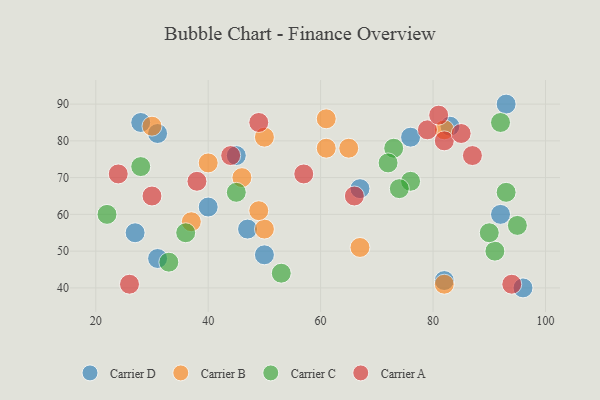
{"axis": {"x": "GDP", "y": "Life Expectancy"}, "legend": ["Carrier A", "Carrier B", "Carrier C", "Carrier D"], "data": [{"x": "67", "y": 67, "type": "Carrier D"}, {"x": "96", "y": 40, "type": "Carrier D"}, {"x": "27", "y": 55, "type": "Carrier D"}, {"x": "31", "y": 82, "type": "Carrier D"}, {"x": "50", "y": 49, "type": "Carrier D"}, {"x": "40", "y": 62, "type": "Carrier D"}, {"x": "93", "y": 90, "type": "Carrier D"}, {"x": "82", "y": 42, "type": "Carrier D"}, {"x": "83", "y": 84, "type": "Carrier D"}, {"x": "45", "y": 76, "type": "Carrier D"}, {"x": "47", "y": 56, "type": "Carrier D"}, {"x": "92", "y": 60, "type": "Carrier D"}, {"x": "28", "y": 85, "type": "Carrier D"}, {"x": "76", "y": 81, "type": "Carrier D"}, {"x": "31", "y": 48, "type": "Carrier D"}, {"x": "46", "y": 70, "type": "Carrier B"}, {"x": "82", "y": 83, "type": "Carrier B"}, {"x": "61", "y": 78, "type": "Carrier B"}, {"x": "50", "y": 56, "type": "Carrier B"}, {"x": "49", "y": 61, "type": "Carrier B"}, {"x": "40", "y": 74, "type": "Carrier B"}, {"x": "82", "y": 41, "type": "Carrier B"}, {"x": "61", "y": 86, "type": "Carrier B"}, {"x": "37", "y": 58, "type": "Carrier B"}, {"x": "30", "y": 84, "type": "Carrier B"}, {"x": "65", "y": 78, "type": "Carrier B"}, {"x": "67", "y": 51, "type": "Carrier B"}, {"x": "50", "y": 81, "type": "Carrier B"}, {"x": "28", "y": 73, "type": "Carrier C"}, {"x": "76", "y": 69, "type": "Carrier C"}, {"x": "92", "y": 85, "type": "Carrier C"}, {"x": "45", "y": 66, "type": "Carrier C"}, {"x": "73", "y": 78, "type": "Carrier C"}, {"x": "93", "y": 66, "type": "Carrier C"}, {"x": "91", "y": 50, "type": "Carrier C"}, {"x": "53", "y": 44, "type": "Carrier C"}, {"x": "95", "y": 57, "type": "Carrier C"}, {"x": "74", "y": 67, "type": "Carrier C"}, {"x": "22", "y": 60, "type": "Carrier C"}, {"x": "72", "y": 74, "type": "Carrier C"}, {"x": "33", "y": 47, "type": "Carrier C"}, {"x": "36", "y": 55, "type": "Carrier C"}, {"x": "90", "y": 55, "type": "Carrier C"}, {"x": "30", "y": 65, "type": "Carrier A"}, {"x": "38", "y": 69, "type": "Carrier A"}, {"x": "79", "y": 83, "type": "Carrier A"}, {"x": "82", "y": 80, "type": "Carrier A"}, {"x": "26", "y": 41, "type": "Carrier A"}, {"x": "81", "y": 87, "type": "Carrier A"}, {"x": "24", "y": 71, "type": "Carrier A"}, {"x": "94", "y": 41, "type": "Carrier A"}, {"x": "87", "y": 76, "type": "Carrier A"}, {"x": "85", "y": 82, "type": "Carrier A"}, {"x": "57", "y": 71, "type": "Carrier A"}, {"x": "66", "y": 65, "type": "Carrier A"}, {"x": "49", "y": 85, "type": "Carrier A"}, {"x": "44", "y": 76, "type": "Carrier A"}]}